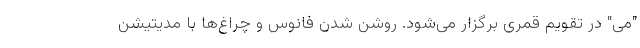
"می" در تقویم قمری برگزار می‌شود. روشن شدن فانوس و چراغ‌ها با مدیتیشن